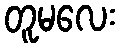
တူမလေး